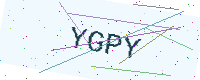
Text: YGPY